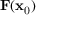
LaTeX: \mathbf { F } ( \mathbf { x } _ { \mathrm { 0 } } )